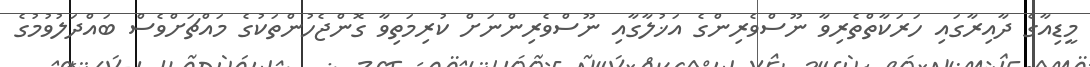
މީޑިއާގެ ދާއިރާގައި ހަރަކާތްތެރިވާ ނޫސްވެރިންގެ އަޚުލާގާއި ނޫސްވެރިންނަށް ކުރިމަތިވާ ގޮންޖެހުންތަކުގެ މައްޗަށްވެސް ބައްދަލުވުމުގެ